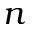
n